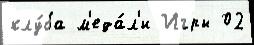
клу́ба м'еда́л'и Игры 02